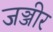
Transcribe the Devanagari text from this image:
जञ्जीर